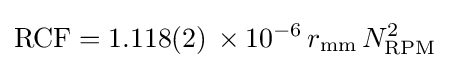
{\text{RCF}}=1.118(2)\,\times 10^{-6}\,r_{\text{mm}}\,N_{\text{RPM}}^{2}